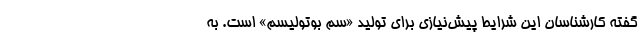
گفته کارشناسان این شرایط پیش‌نیازی برای تولید «سم بوتولیسم» است. به